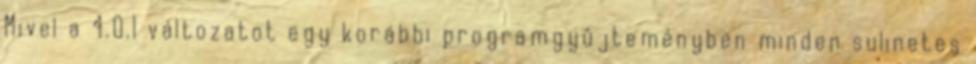
Mivel a 4.0.1 változatot egy korábbi programgyûjteményben minden sulinetes